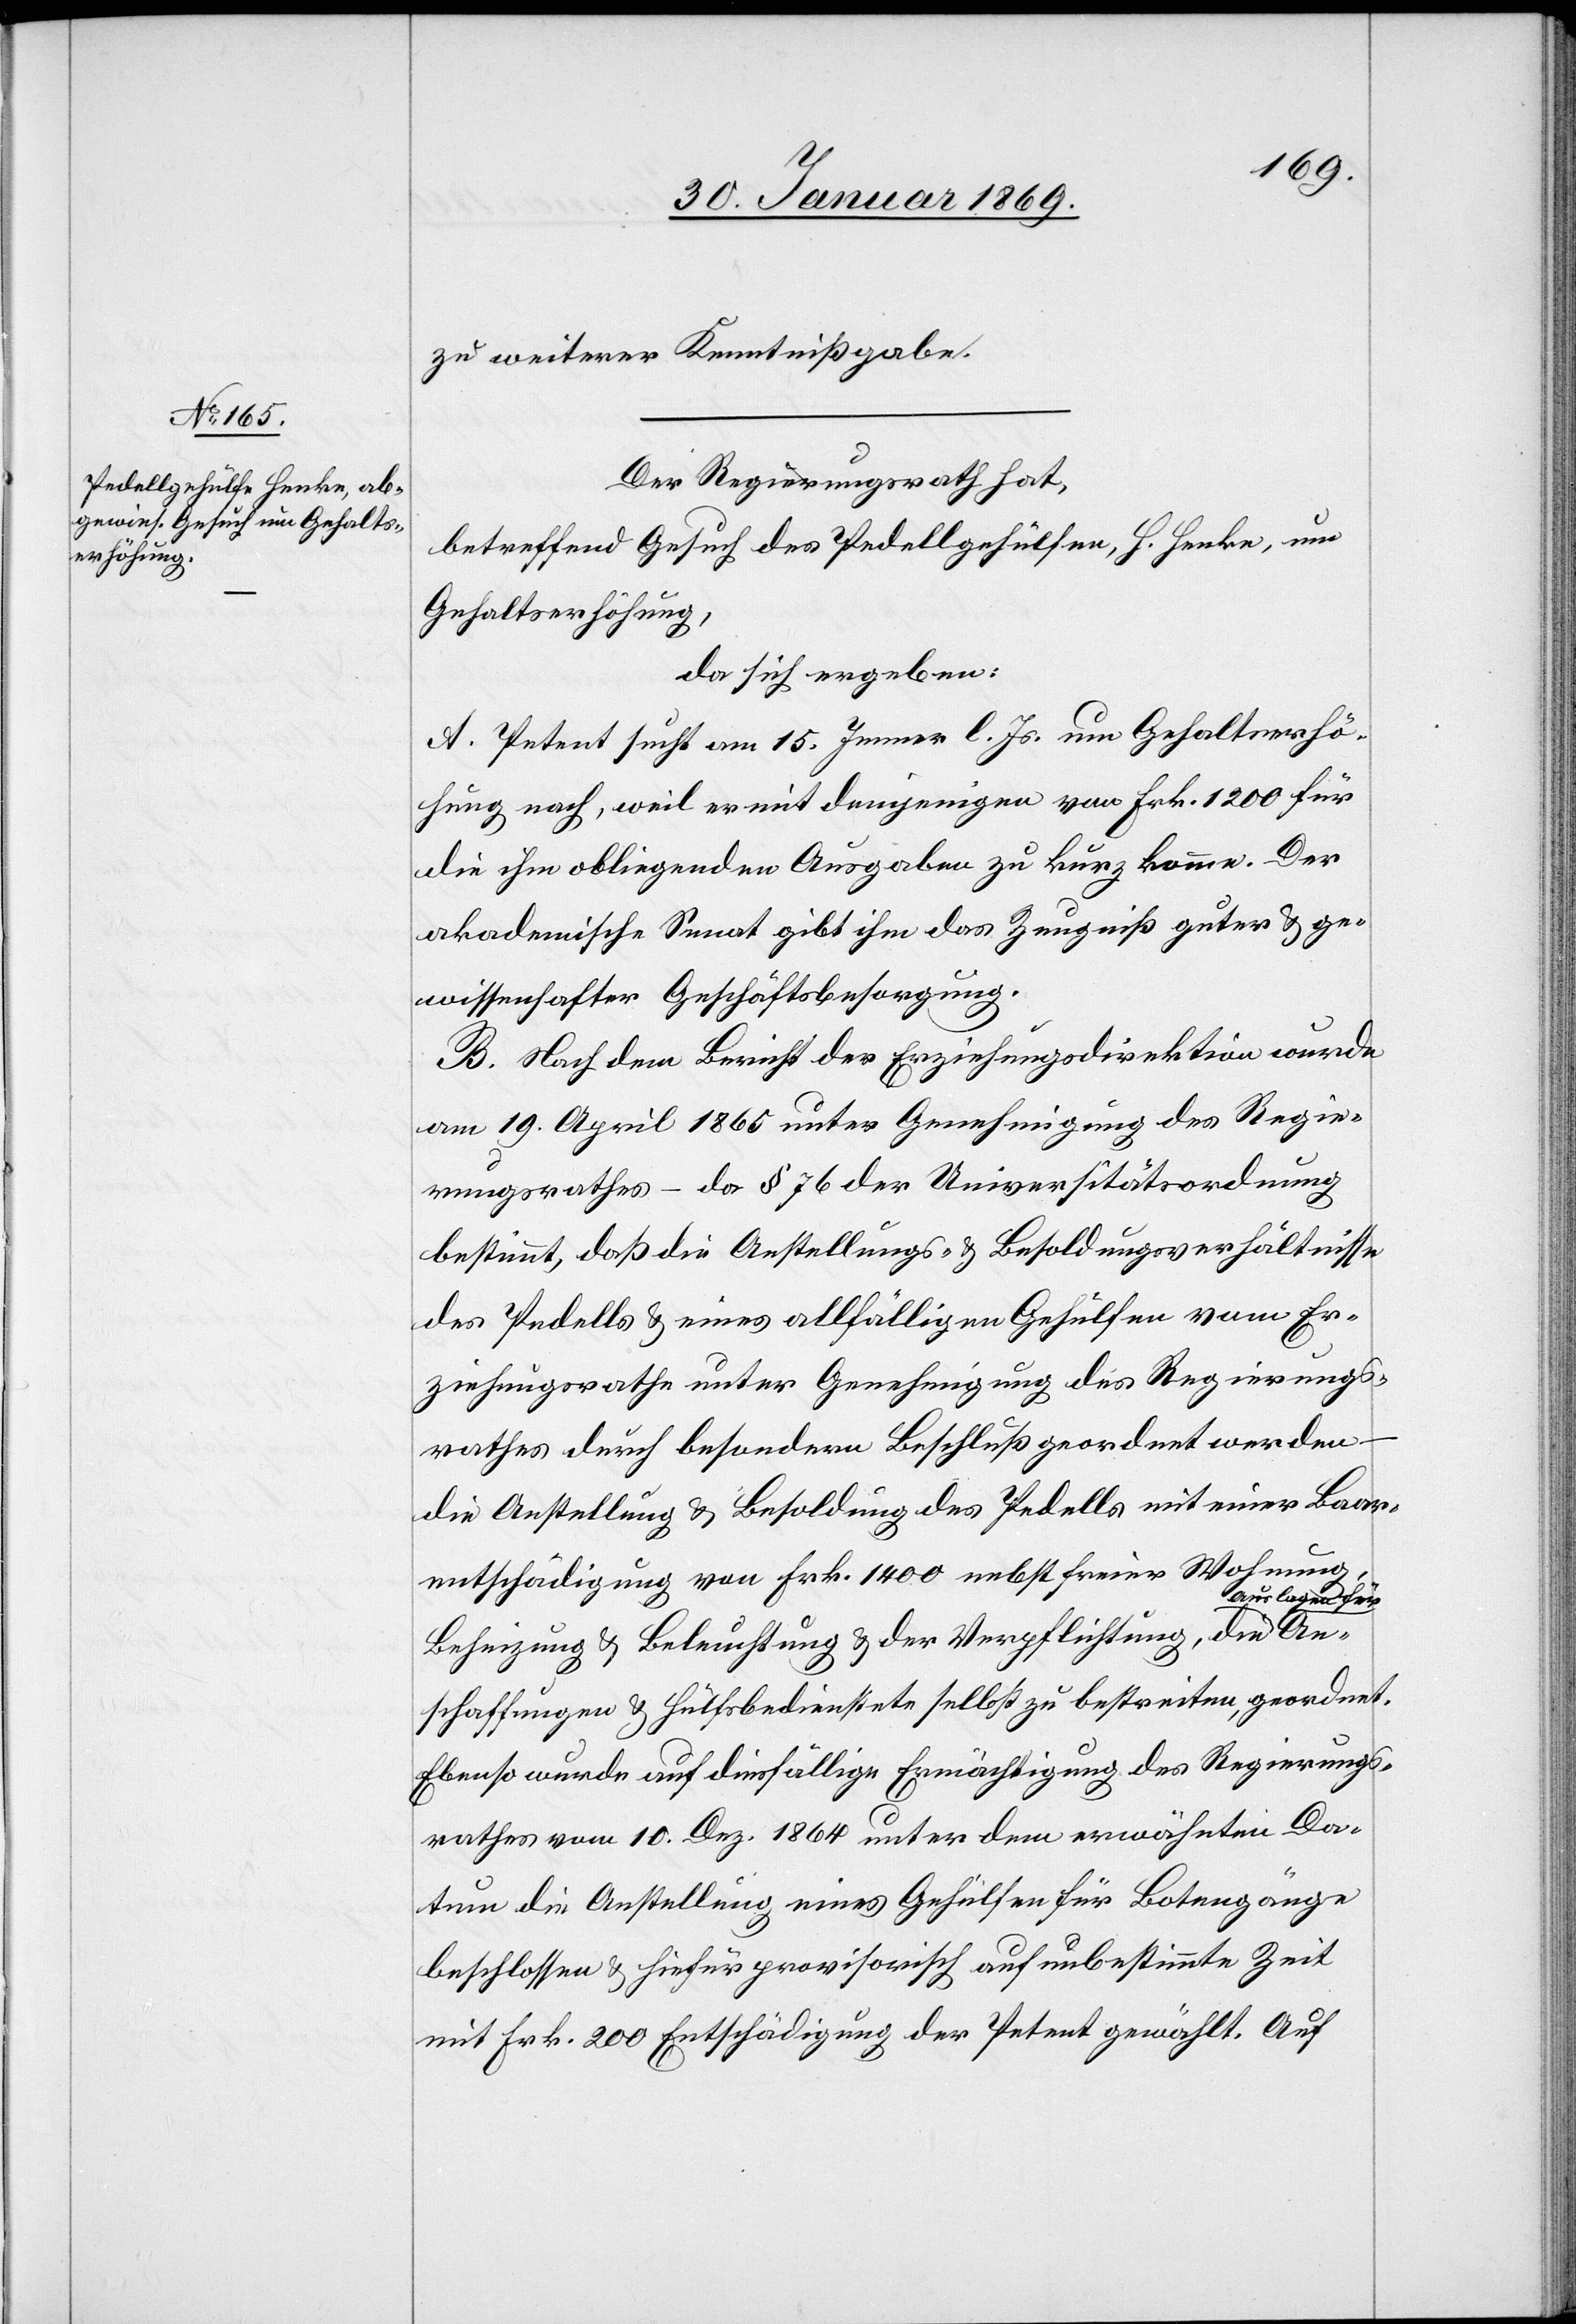
zu weiterer Kenntnißgabe.
Der Regierungsrath hat,
betreffend Gesuch des Pedellgehülfen, H. Henke, um
Gehaltserhöhung,
da sich ergeben:
A. Petent sucht am 15. Jenner l. Js. um Gehaltserhö¬
hung nach, weil er mit demjenigen von Frk. 1200 für
die ihm obliegenden Ausgaben zu kurz komme. Der
akademische Senat gibt ihm das Zeugniß guter & ge¬
wissenhafter Geschäftsordnung.
B. Nach dem Bericht der Erziehungsdirektion wurde
am 19. April 1865 unter Genehmigung des Regie¬
rungsrathes – da § 76 der Universitätsordnung
bestimmt, daß die Anstellungs- & Besoldungsverhältnisse
des Pedells & eines allfälligen Gehülfen vom Er¬
ziehungsrathe unter Genehmigung des Regierungs¬
An¬
rathes durch besondern Beschluß geordnet werden
die Anstellung & Besoldung des Pedells mit einer Baar¬
entschädigung von Frk. 1400 nebst freier Wohnung,
uslagen für
Beheizung & Beleuchtung & der Verpflichtung, die A¬
schaffungen & Hülfsbedienstete selbst zu bestreiten, geordnet.
Ebenso wurde auf diesfällige Ermächtigung des Regierungs¬
rathes vom 10. Dez. 1864 unter dem erwähnten Da¬
tum die Anstellung eines Gehülfen für Botengänge
beschlossen & hiefür provisorisch auf unbestimmte Zeit
mit Frk. 200 Entschädigung der Petent gewählt. Auf